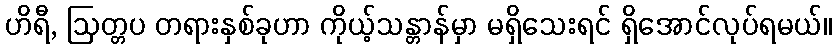
ဟိရီ, ဩတ္တပ တရားနှစ်ခုဟာ ကိုယ့်သန္တာန်မှာ မရှိသေးရင် ရှိအောင်လုပ်ရမယ်။